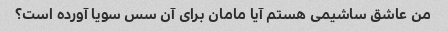
من عاشق ساشیمی هستم آیا مامان برای آن سس سویا آورده است؟